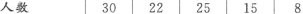
人数 30 22 25 15 8